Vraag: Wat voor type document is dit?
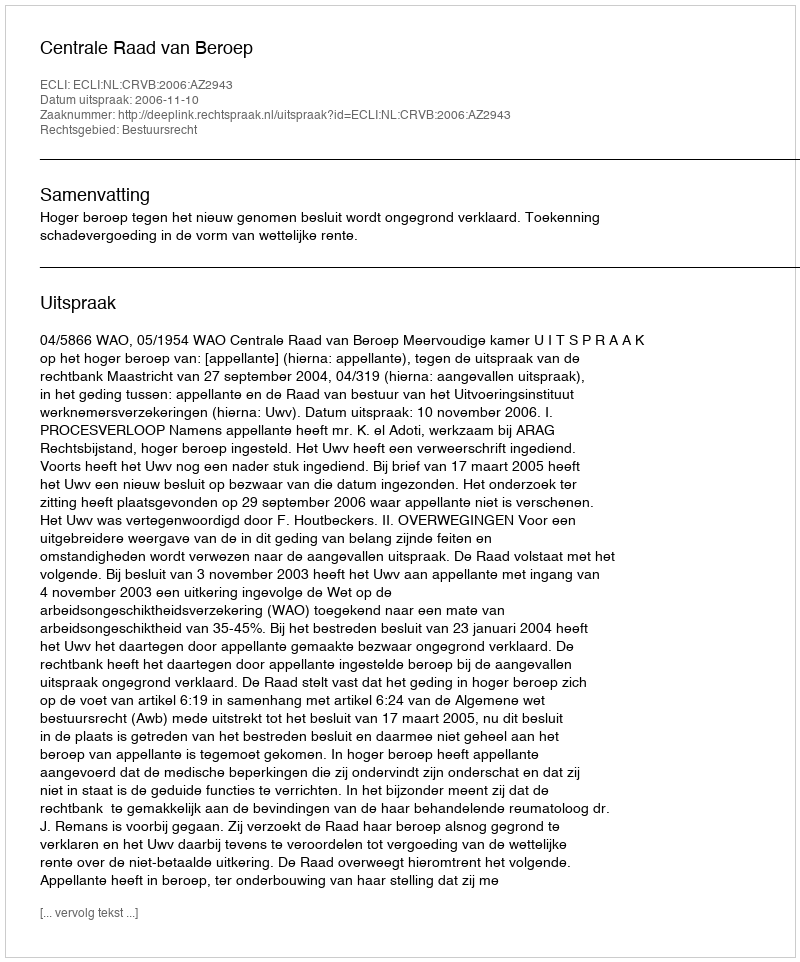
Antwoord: Uitspraak